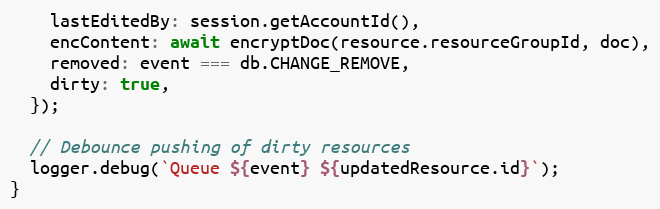
Language: JavaScript
    lastEditedBy: session.getAccountId(),
    encContent: await encryptDoc(resource.resourceGroupId, doc),
    removed: event === db.CHANGE_REMOVE,
    dirty: true,
  });

  // Debounce pushing of dirty resources
  logger.debug(`Queue ${event} ${updatedResource.id}`);
}